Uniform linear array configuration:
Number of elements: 32
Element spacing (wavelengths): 0.75
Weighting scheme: hann
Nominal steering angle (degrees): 45
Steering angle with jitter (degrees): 46.457
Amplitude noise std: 0.05
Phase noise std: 0.05

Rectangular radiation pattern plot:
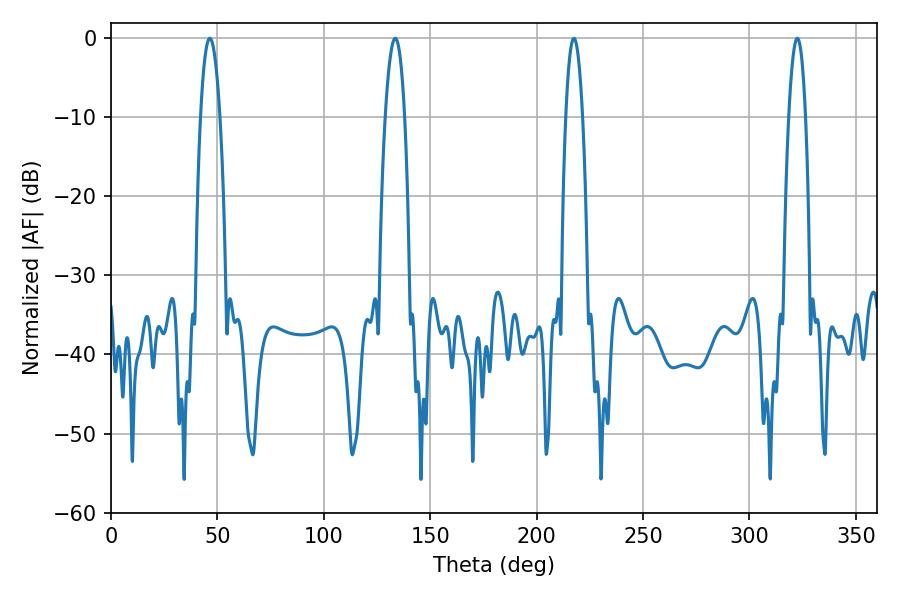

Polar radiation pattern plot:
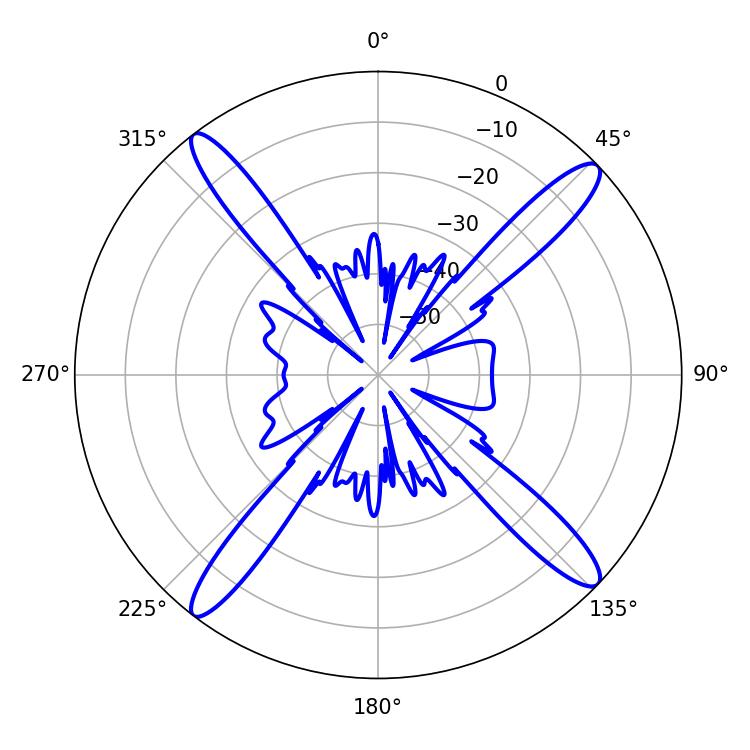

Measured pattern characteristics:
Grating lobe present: TRUE
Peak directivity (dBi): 17.293
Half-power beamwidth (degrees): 5.04
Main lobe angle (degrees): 46.44